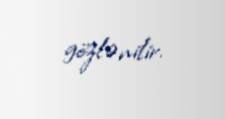
gözlənilir.